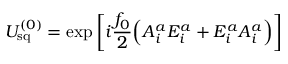
U _ { \mathrm { s q } } ^ { ( 0 ) } = \exp \left[ i { \frac { f _ { 0 } } { 2 } } \Big ( { \cal A } _ { i } ^ { a } { \cal E } _ { i } ^ { a } + { \cal E } _ { i } ^ { a } { \cal A } _ { i } ^ { a } \Big ) \right]